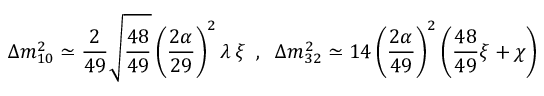
\Delta m _ { 1 0 } ^ { 2 } \simeq \frac { 2 } { 4 9 } \sqrt { \frac { 4 8 } { 4 9 } } \left( \frac { 2 \alpha } { 2 9 } \right) ^ { 2 } \lambda \, \xi \; \; , \; \; \Delta m _ { 3 2 } ^ { 2 } \simeq 1 4 \left( \frac { 2 \alpha } { 4 9 } \right) ^ { 2 } \left( \frac { 4 8 } { 4 9 } \xi + \chi \right)